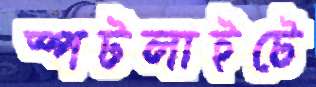
স্পটলাইটে